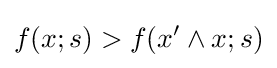
f(x;s)>f(x'\wedge x;s)